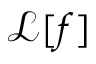
\mathcal { L } [ f ]